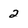
Character: 2